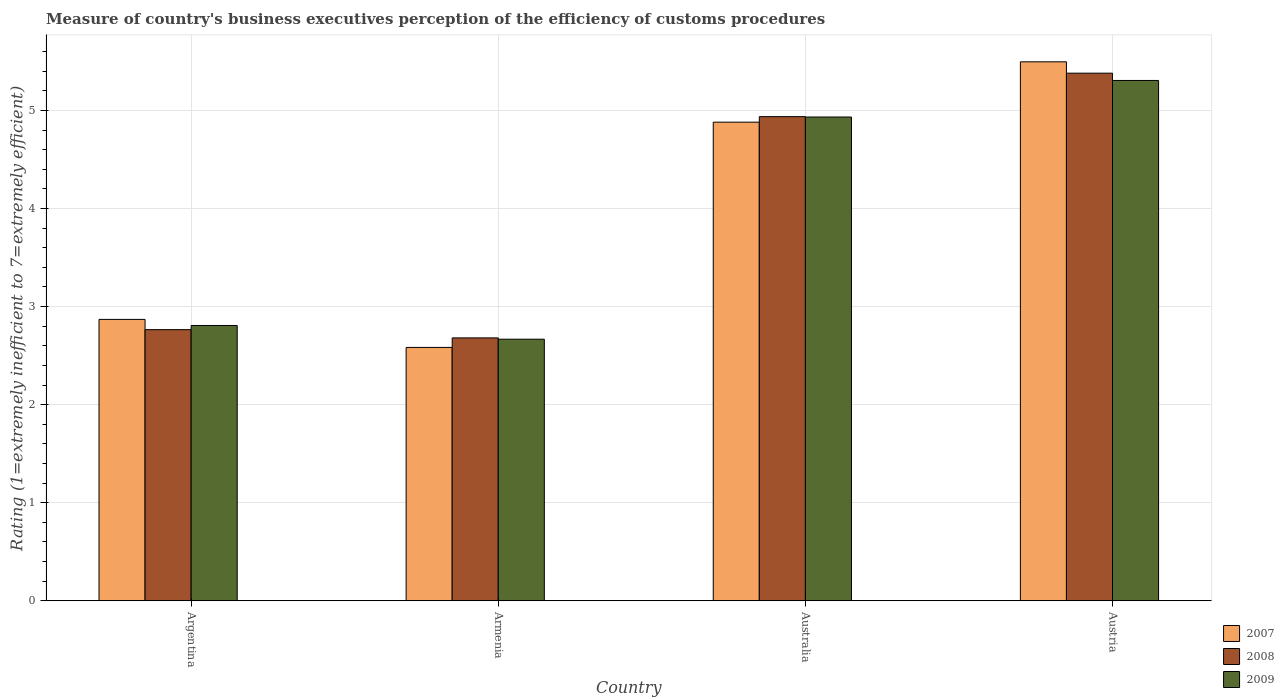
| Country | 2007 | 2008 | 2009 |
 | --- | --- | --- | --- |
 | Argentina | 2.87 | 2.76 | 2.81 |
 | Armenia | 2.58 | 2.68 | 2.67 |
 | Australia | 4.88 | 4.94 | 4.93 |
 | Austria | 5.5 | 5.38 | 5.31 |